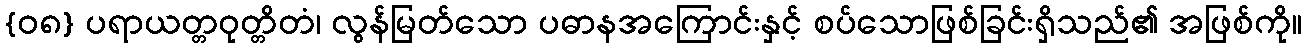
{၀၈} ပရာယတ္တဝုတ္တိတံ၊ လွန်မြတ်သော ပဓာနအကြောင်းနှင့် စပ်သောဖြစ်ခြင်းရှိသည်၏ အဖြစ်ကို။